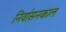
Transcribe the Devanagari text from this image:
निर्वासनकाल